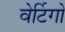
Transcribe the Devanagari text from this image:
वेर्टिगो